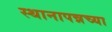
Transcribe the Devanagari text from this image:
स्थानापन्नच्या